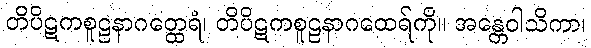
တိပိဋကစူဠနာဂတ္ထေရံ၊ တိပိဋကစူဠနာဂထေရ်ကို။ အန္တေဝါသိကာ၊